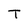
Character: T